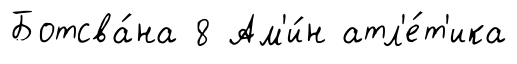
Ботсва́на 8 Ам'и́н атл'е́т'ика